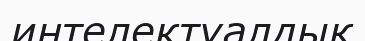
интелектуалдық